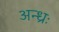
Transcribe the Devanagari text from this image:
अन्ध्रः